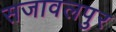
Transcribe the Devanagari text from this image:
सजावलपुर